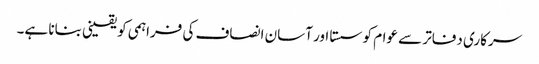
سرکاری دفاتر سے عوام کو سستا اور آسان انصاف کی فراہمی کو یقینی بنانا ہے۔